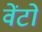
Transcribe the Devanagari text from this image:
वेंटो